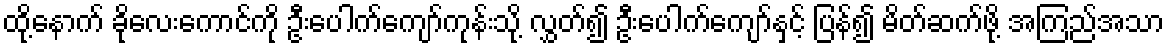
ထို့နောက် ခိုလေးကောင်ကို ဦးပေါက်ကျော်ကုန်းသို့ လွှတ်၍ ဦးပေါက်ကျော်နှင့် ပြန်၍ မိတ်ဆက်ဖို့ အကြည်အသာ